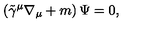
\left( \tilde { \gamma } ^ { \mu } \nabla _ { \mu } + m \right) \Psi = 0 ,